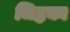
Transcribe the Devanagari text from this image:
जिह्वका